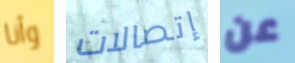
وأنا إتصالات عن